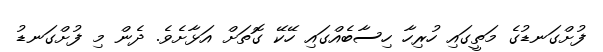
ފުށްގަނޑުގެ މަތީގައި ހުރިހާ ހިސާބެއްގައި ހޭކޭ ގޮތަށް އަޅާށެވެ. ދެން މި ފުށްގަނޑު